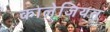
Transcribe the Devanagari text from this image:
कालेजियत